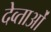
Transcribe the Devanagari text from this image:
देव्ताओं